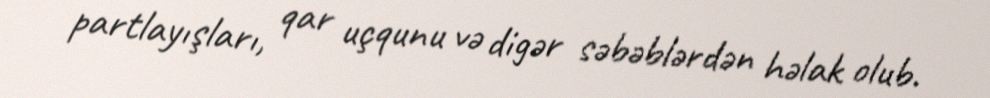
partlayışları, qar uçqunu və digər səbəblərdən həlak olub.